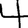
Digit: 4